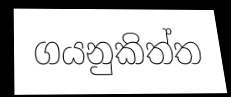
ගයනුකිත්ත